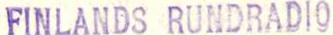
FINLANDS RUNDRADIO